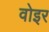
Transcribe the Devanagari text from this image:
वोइर